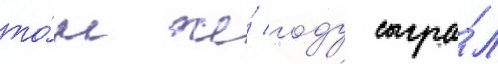
то́м же́ году сыгра́л